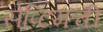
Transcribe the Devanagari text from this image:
सेप्टिमची